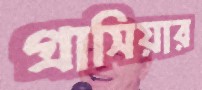
গ্রাসিয়ার